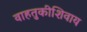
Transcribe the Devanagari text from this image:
वाहतुकीशिवाय